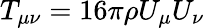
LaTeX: T_{\mu\nu}=16\pi\rho U_{\mu}U_{\nu}